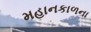
મહાનકાળના